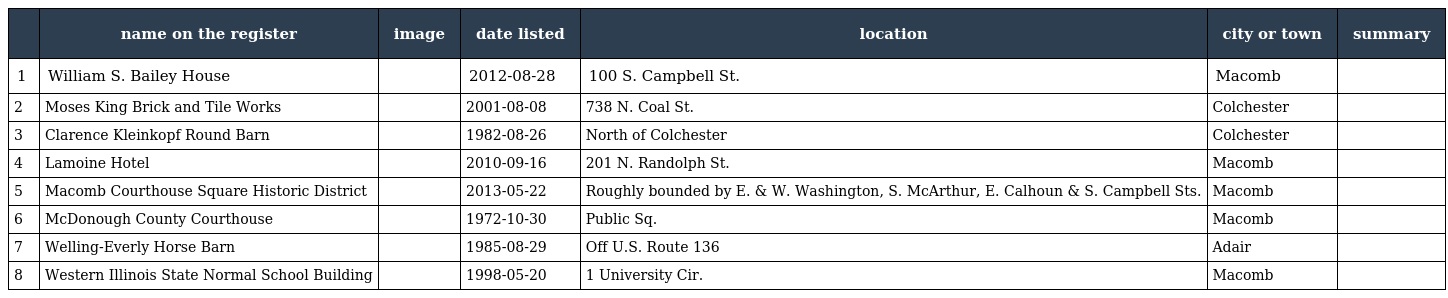
|  | name on the register | image | date listed | location | city or town | summary |
 | --- | --- | --- | --- | --- | --- | --- |
 | 1 | William S. Bailey House |  | 2012-08-28 | 100 S. Campbell St. | Macomb |  |
 | 2 | Moses King Brick and Tile Works |  | 2001-08-08 | 738 N. Coal St. | Colchester |  |
 | 3 | Clarence Kleinkopf Round Barn |  | 1982-08-26 | North of Colchester | Colchester |  |
 | 4 | Lamoine Hotel |  | 2010-09-16 | 201 N. Randolph St. | Macomb |  |
 | 5 | Macomb Courthouse Square Historic District |  | 2013-05-22 | Roughly bounded by E. & W. Washington, S. McArthur, E. Calhoun & S. Campbell Sts. | Macomb |  |
 | 6 | McDonough County Courthouse |  | 1972-10-30 | Public Sq. | Macomb |  |
 | 7 | Welling-Everly Horse Barn |  | 1985-08-29 | Off U.S. Route 136 | Adair |  |
 | 8 | Western Illinois State Normal School Building |  | 1998-05-20 | 1 University Cir. | Macomb |  |